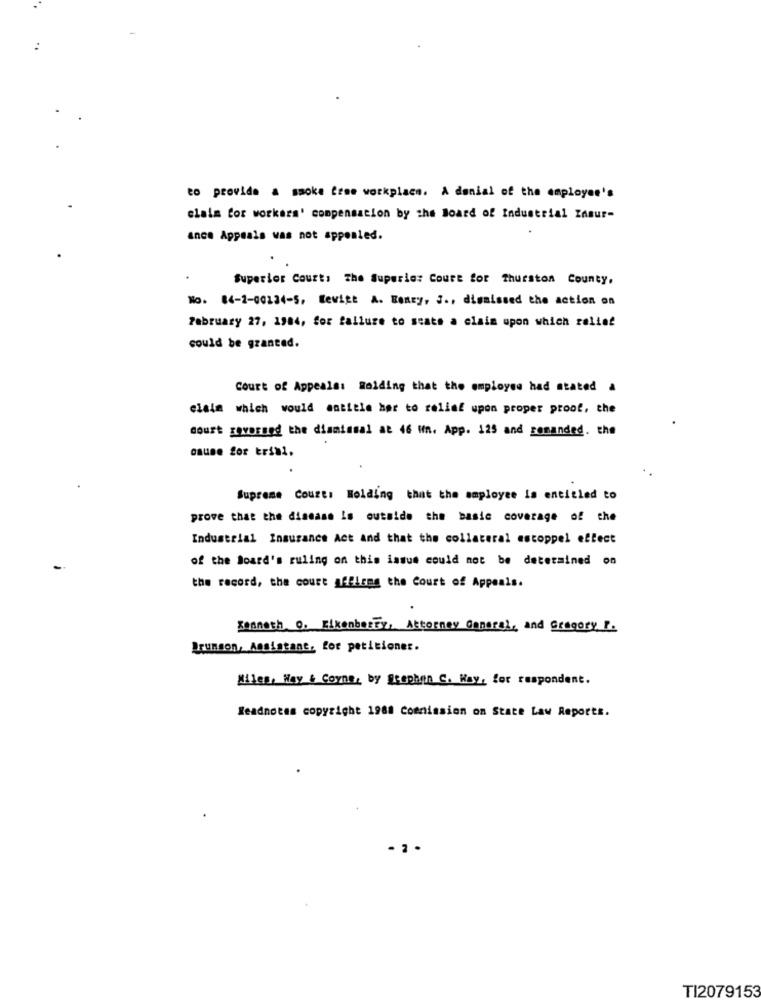
to provide a smoke free workplace. A denial of the employee's
claim for workers' compensation by the Board of Industrial ZAsur-
ance Appeals was not appealed.
Superior Court: The Superie: Court for Thurston County,
No. 84-2-00134-5, Wewitt A. Beney, S ., dismissed the action on
February 27, 1984, for failure to stats a claim upon which relief
could be granted.
Court of Appeals: Holding that the employee had stated a
claim which would satitle her to relief upon proper proof, the
court BOYDEBnd the dismissal at 46 Hn. App. 125 and sonanded. the
Supreme Court: Holding that the employee is entitled to
prove that the disease Is outside the basic coverage of the
Industrial Insurance Act and that the collateral escoppel effect
of the Board's ruling on this issue could not be determined on
the record, the court afflang the Court of Appeals.
Kenneth O. Eikenberry, Attorney General, and Gregory F.
Brunson, Assistant, for peticiones.
Miles, May & Corner by Stephen C. Hay, for respondent.
Readnotes copyright 1988 Commission on State Law Reports.
TI2079153